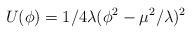
LaTeX: \begin{align*}U(\phi )=1/4\lambda (\phi ^{2}-\mu ^{2}/\lambda )^{2}\end{align*}